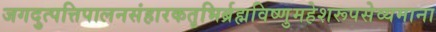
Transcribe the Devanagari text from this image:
जगदुत्पत्तिपालनसंहारकतृभिर्ब्रह्मविष्णुमहेशरूपसेव्यमाना